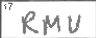
Transcription: RMU